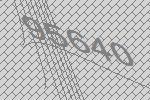
95640